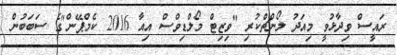
ރައީސް ވިދާޅުވީ މިއަދު ލޯންޗްކުރި "ވިޒިޓް މޯލްޑިވްސް އިއާ 2016 ކެމްޕޭން"ގެ ސަބަބުން